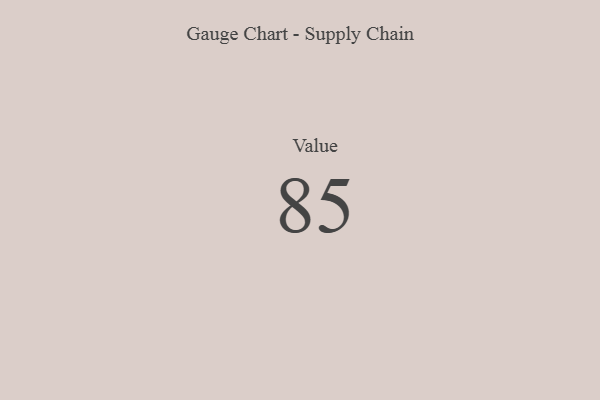
{"axis": {"x": "Metric", "y": "Value"}, "legend": [""], "data": [{"x": "Value", "y": 85, "type": ""}]}